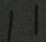
1 1